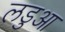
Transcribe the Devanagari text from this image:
लडुआ